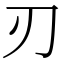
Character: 刃